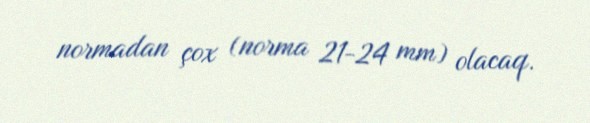
normadan çox (norma 21-24 mm) olacaq.